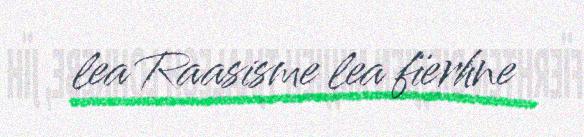
lea Raasisme lea fïerhne